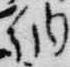
納